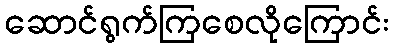
ဆောင်ရွက်ကြစေလိုကြောင်း